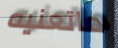
ماتعنيه